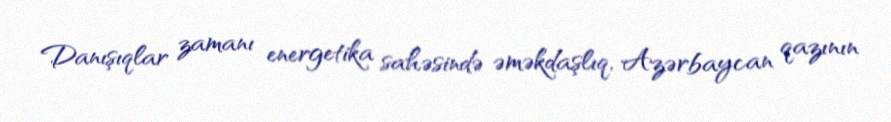
Danışıqlar zamanı energetika sahəsində əməkdaşlıq, Azərbaycan qazının